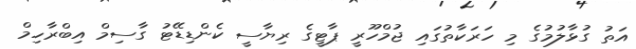
އަތު ގުޅާލުމުގެ މި ހަރަކާތުގައި ޖުމްހޫރީ ޕާޓީގެ ރިޔާސީ ކެންޑިޑޭޓު ގާސިމް އިބްރާހިމް